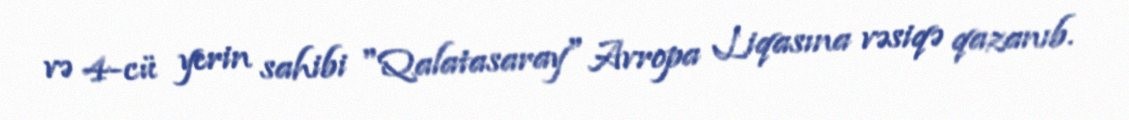
və 4-cü yerin sahibi "Qalatasaray" Avropa Liqasına vəsiqə qazanıb.